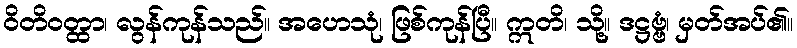
ဝိတိဝတ္ထာ၊ လွန်ကုန်သည်။ အဟေသုံ၊ ဖြစ်ကုန်ပြီ။ ဣတိ၊ သို့။ ဒဋ္ဌဗ္ဗံ၊ မှတ်အပ်၏။